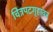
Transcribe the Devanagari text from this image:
चित्रपटगृहावर